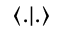
\langle . | . \rangle